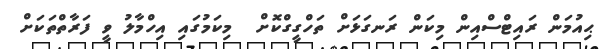
ޙިއުމަން ރައިޓްސްއިން މިކަން ރަނގަޅަށް ތަހްގީގްކޮށް  މިކަމުގައި އިހްމާލު ވީ ފަރާތްތަކަށް